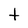
Character: t